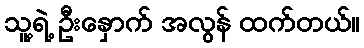
သူ့ရဲ့ ဦးနှောက် အလွန် ထက်တယ်။